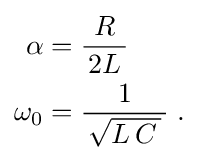
{\begin{aligned}\alpha &={\frac {R}{\,2L\,}}\\\omega _{0}&={\frac {1}{\,{\sqrt {L\,C\,}}\,}}\;.\end{aligned}}